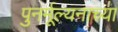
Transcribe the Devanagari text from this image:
पुनर्मूल्यनाच्या